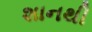
શાનથી